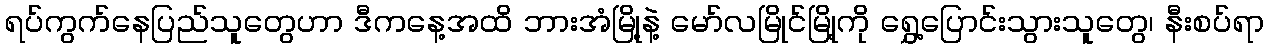
ရပ်ကွက်နေပြည်သူတွေဟာ ဒီကနေ့အထိ ဘားအံမြို့နဲ့ မော်လမြိုင်မြို့ကို ရွှေ့ပြောင်းသွားသူတွေ၊ နီးစပ်ရာ